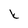
Character: k